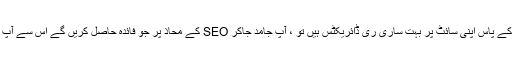
اس کے علاوہ ، اگر آپ کے پاس اپنی سائٹ پر بہت ساری ری ڈائریکٹس ہیں تو ، آپ جامد جاکر SEO کے محاذ پر جو فائدہ حاصل کریں گے اس سے آپ کو بہت کچھ ضائع ہوگا۔